Indian journal of veterinary science and animal husbandry - Volume 9,
Year: 1939
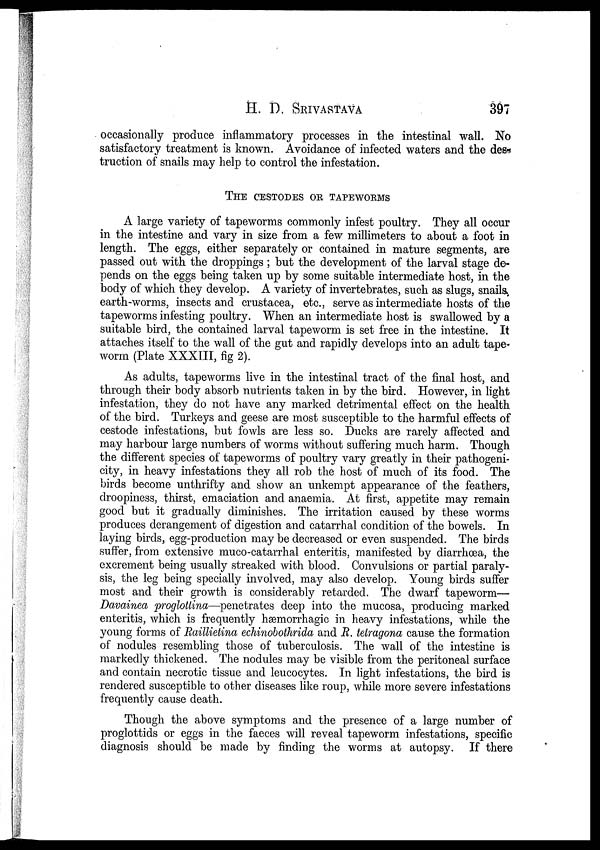
H.
D.
SRIVASTAVA
397
occasionally produce inflammatory processes in the intestinal wall. No
satisfactory treatment is known. Avoidance of infected waters and the des-
truction of snails may help to control the infestation.
THE CESTODES OR TAPEWORMS
A large variety of tapeworms commonly infest poultry. They all occur
in the intestine and vary in size from a few millimeters to about a foot in
length. The eggs, either separately or contained in mature segments, are
passed out with the droppings ; but the development of the larval stage de-
pends on the eggs being taken up by some suitable intermediate host, in the
body of which they develop. A variety of invertebrates, such as slugs, snails.,
earth-worms, insects and crustacea, etc., serve as intermediate hosts of the
tapeworms infesting poultry. When an intermediate host is swallowed by a
suitable bird, the contained larval tapeworm is set free in the intestine. It
attaches itself to the wall of the gut and rapidly develops into an adult tape-
worm (Plate XXXIII, fig 2).
As adults, tapeworms live in the intestinal tract of the final host, and
through their body absorb nutrients taken in by the bird. However, in light
infestation, they do not have any marked detrimental effect on the health
of the bird. Turkeys and geese are most susceptible to the harmful effects of
cestode infestations, but fowls are less so. Ducks are rarely affected and
may harbour large numbers of worms without suffering much harm. Though
the different species of tapeworms of poultry vary greatly in their pathogeni-
city, in heavy infestations they all rob the host of much of its food. The
birds become unthrifty and show an unkempt appearance of the feathers,
droopiness, thirst, emaciation and anaemia. At first, appetite may remain
good but it gradually diminishes. The irritation caused by these worms
produces derangement of digestion and catarrhal condition of the bowels. In
laying birds, egg-production may be decreased or even suspended. The birds
suffer, from extensive muco-catarrhal enteritis, manifested by diarrhoea, the
excrement being usually streaked with blood. Convulsions or partial paraly-
sis, the leg being specially involved, may also develop. Young birds suffer
most and their growth is considerably retarded. The dwarf tapeworm-—
Davainea proglottina—penetrates deep into the mucosa, producing marked
enteritis, which is frequently hæmorrhagic in heavy infestations, while the
young forms of Raillietina echinobothrida and R. tetragona cause the formation
of nodules resembling those of tuberculosis. The wall of the intestine is
markedly thickened. The nodules may be visible from the peritoneal surface
and contain necrotic tissue and leucocytes. In light infestations, the bird is
rendered susceptible to other diseases like roup, while more severe infestations
frequently cause death.
Though the above symptoms and the presence of a large number of
proglottids or eggs in the faeces will reveal tapeworm infestations, specific
diagnosis should be made by finding the worms at autopsy. If there